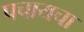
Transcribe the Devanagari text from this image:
पचायचा